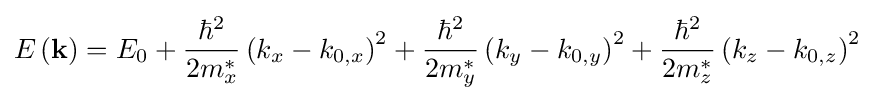
E\left(\mathbf {k} \right)=E_{0}+{\frac {\hbar ^{2}}{2m_{x}^{*}}}\left(k_{x}-k_{0,x}\right)^{2}+{\frac {\hbar ^{2}}{2m_{y}^{*}}}\left(k_{y}-k_{0,y}\right)^{2}+{\frac {\hbar ^{2}}{2m_{z}^{*}}}\left(k_{z}-k_{0,z}\right)^{2}